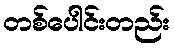
တစ်ပေါင်းတည်း